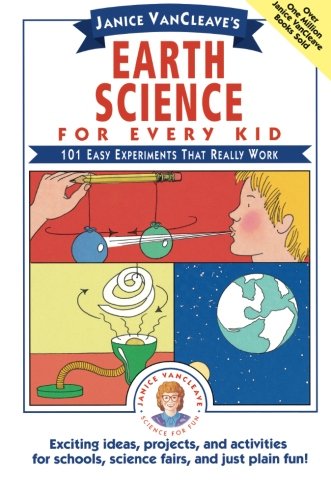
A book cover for Janice VanCleave's Earth Science for Every Kid: 101 Easy Experiments that Really Work; Janice VanCleave; Children's Books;